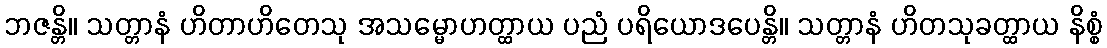
ဘဇန္တိ။ သတ္တာနံ ဟိတာဟိတေသု အသမ္မောဟတ္ထာယ ပညံ ပရိယောဒပေန္တိ။ သတ္တာနံ ဟိတသုခတ္ထာယ နိစ္စံ